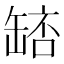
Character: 𮉵